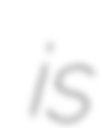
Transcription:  is